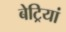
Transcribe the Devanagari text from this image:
बेट्रियां